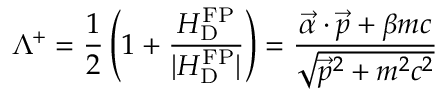
\Lambda ^ { + } = \frac { 1 } { 2 } \left( 1 + \frac { H _ { \mathrm { D } } ^ { \mathrm { F P } } } { | H _ { \mathrm { D } } ^ { \mathrm { F P } } | } \right) = \frac { \vec { \alpha } \cdot \vec { p } + \beta m c } { \sqrt { \vec { p } ^ { 2 } + m ^ { 2 } c ^ { 2 } } }